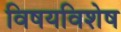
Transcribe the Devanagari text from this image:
विषयविशेष